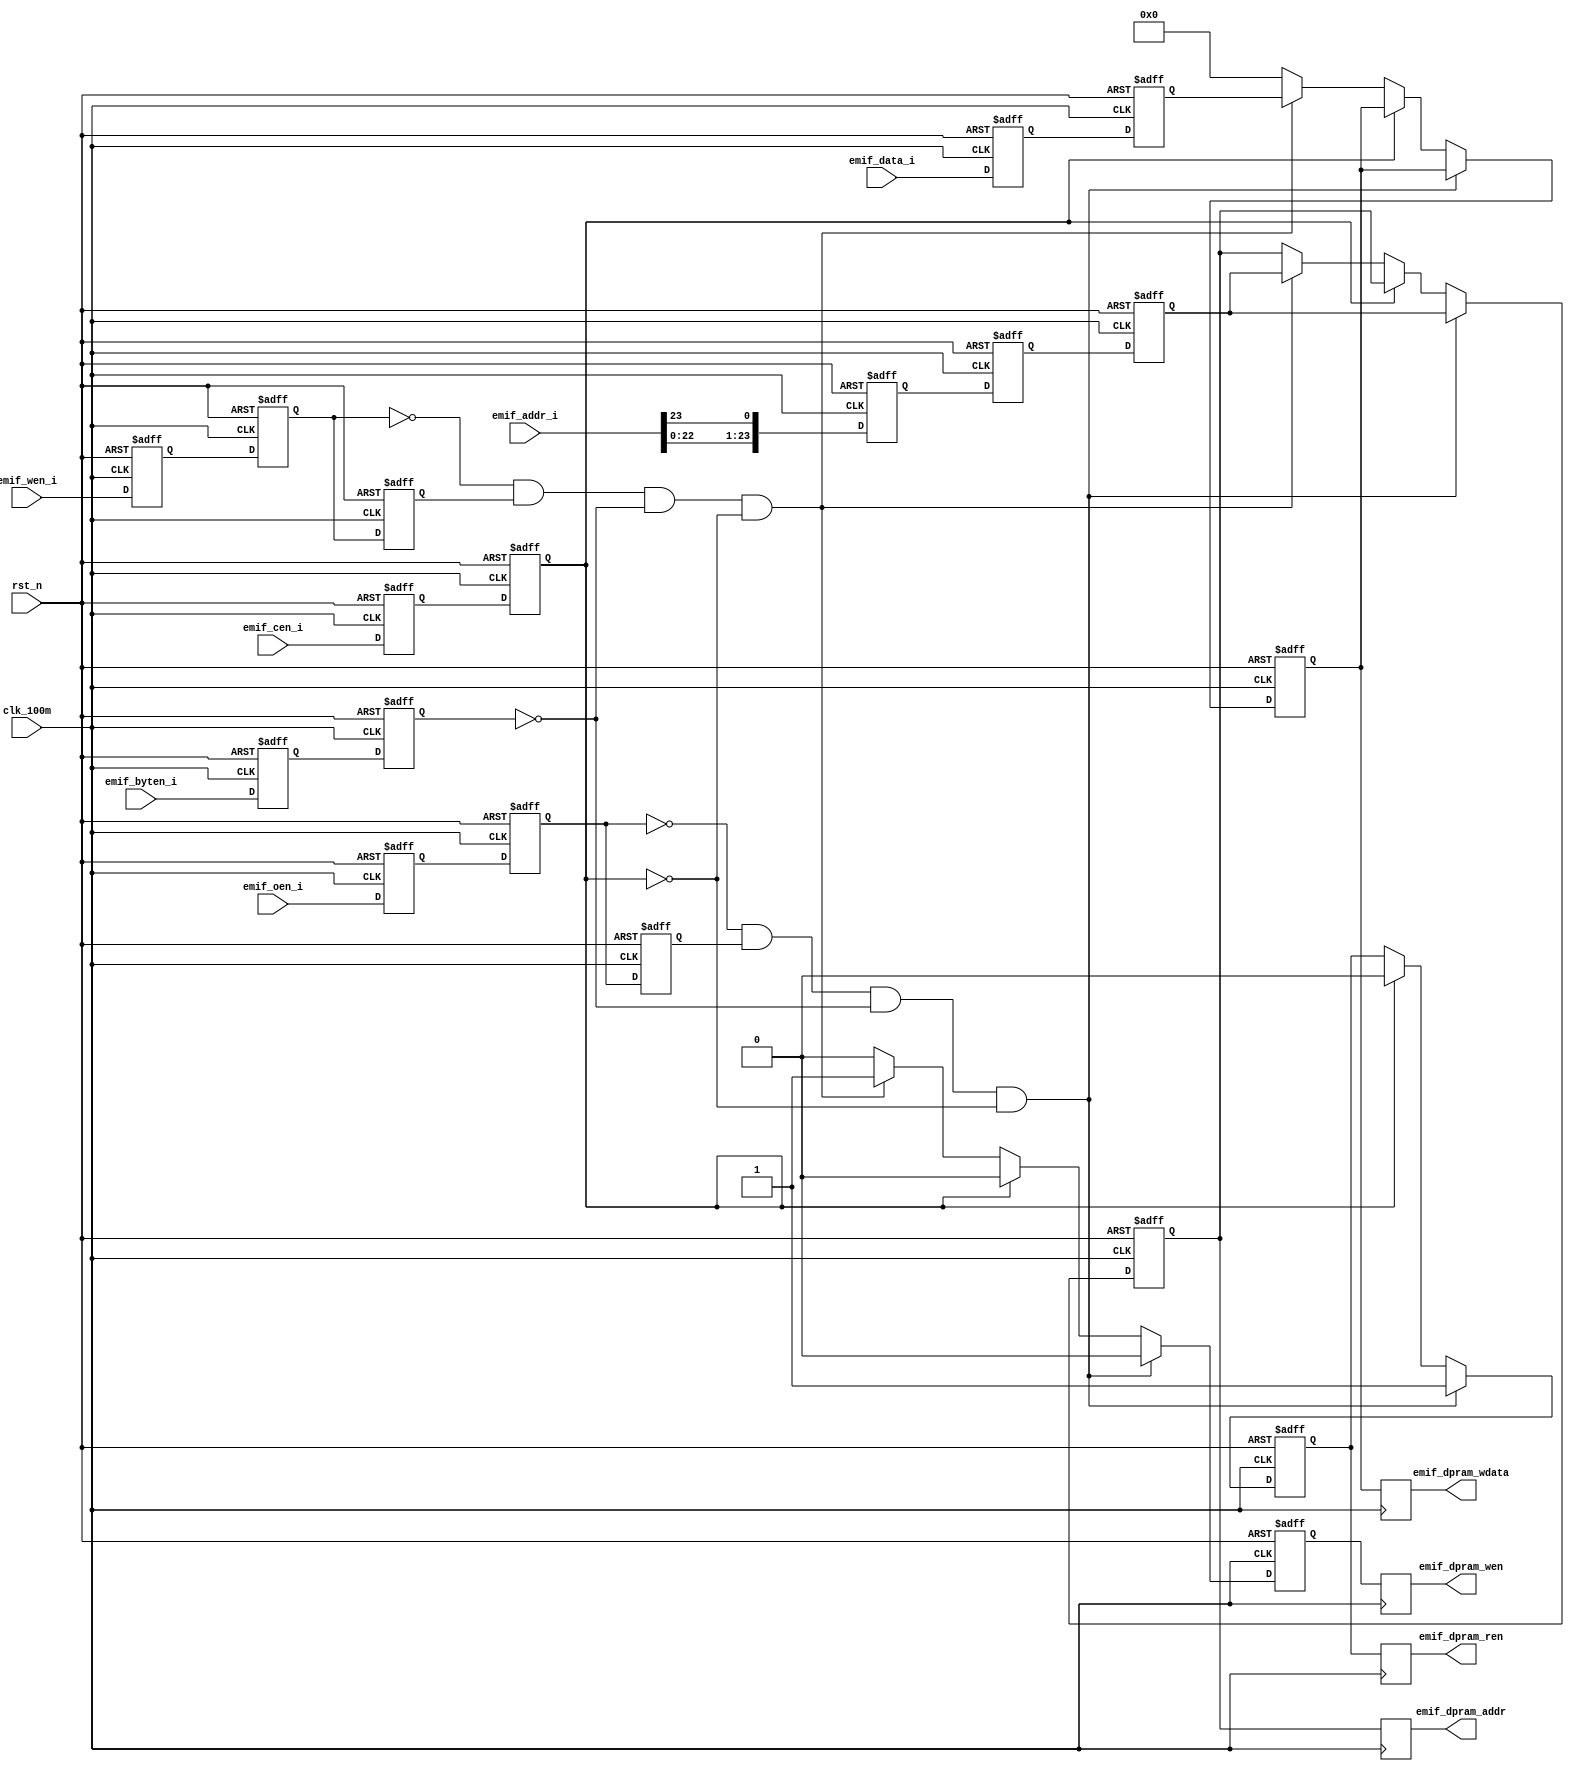
module  emif_intf_z(
                    input                     clk_100m          , 
                    input                     rst_n            ,  

                    input         [15:00]     emif_data_i      ,
                    input         [23:00]     emif_addr_i      ,
                    input         [01:00]     emif_byten_i     ,
                    input                     emif_cen_i       ,
                    input                     emif_wen_i       ,
                    input                     emif_oen_i       ,

                    output  reg               emif_dpram_wen   ,
                    output  reg   [23:00]     emif_dpram_addr  ,
					output  reg   [15:00]     emif_dpram_wdata ,			
                    output reg                emif_dpram_ren 				
    );   
	                                                       												   
    reg [15:0]  emif_data_d0; reg [23:0]  emif_addr_d0; reg [ 1:0]  emif_byten_d0; reg emif_cen_d0;    reg emif_wen_d0 ; reg emif_oen_d0 ;
	reg [15:0]  emif_data_d1; reg [23:0]  emif_addr_d1; reg [23:0]  emif_addr_d2; 
	 (* dont_touch = "yes" *) reg [ 1:0]  emif_byten_d1;
	 (* dont_touch = "yes" *) reg         emif_cen_d1; 
	 (* dont_touch = "yes" *) reg         emif_wen_d1;  
	 (* dont_touch = "yes" *) reg         emif_oen_d1;   
	 (* dont_touch = "yes" *) reg         emif_wen_d2;  
     (* dont_touch = "yes" *) reg         emif_oen_d2;
	 (* dont_touch = "yes" *) reg [ 1:0]  emif_byten_d2;
										    
	always @(posedge clk_100m or negedge rst_n)
	begin
		if(rst_n==1'b0)
		begin
			emif_data_d0  <= 0;     emif_data_d1  <= 0;       
			emif_addr_d0  <= 0;     emif_addr_d1  <= 0;       emif_addr_d2  <= 0;
			emif_byten_d0 <= 2'b11; emif_byten_d1  <= 2'b11;  emif_byten_d2 <= 2'b11; 
			emif_cen_d0   <= 1;     emif_cen_d1    <= 1;     
			emif_wen_d0   <= 1;     emif_wen_d1    <= 1;      emif_wen_d2   <= 1;    
			emif_oen_d0   <= 1;     emif_oen_d1    <= 1;      emif_oen_d2   <= 1;    
		end
		else
		begin
			emif_data_d0 <= emif_data_i ; emif_addr_d0<={emif_addr_i[22:0],emif_addr_i[23]}; emif_byten_d0<=emif_byten_i;  emif_cen_d0<=emif_cen_i;  emif_wen_d0<=emif_wen_i;  emif_oen_d0 <=emif_oen_i ;
			emif_data_d1 <=emif_data_d0 ; emif_addr_d1  <=  emif_addr_d0  ;                  emif_byten_d1<=emif_byten_d0; emif_cen_d1<=emif_cen_d0; emif_wen_d1<=emif_wen_d0; emif_oen_d1 <=emif_oen_d0;
			emif_wen_d2  <=emif_wen_d1  ;
			emif_oen_d2  <=emif_oen_d1  ;
			emif_byten_d2<=emif_byten_d1; 
			emif_addr_d2 <= emif_addr_d1;			
 		end
	end

	reg emif_dpram_wen0,emif_dpram_ren0 ; reg   [23:00] emif_dpram_addr0 ; reg   [15:00] emif_dpram_wdata0;	
	
	
	always @(posedge clk_100m or negedge rst_n)
	begin
		if(rst_n==0)
		begin
			emif_dpram_ren0 <= 0;	
			emif_dpram_wen0 <= 0;
		    emif_dpram_addr0  <= 0 ;
		    emif_dpram_wdata0 <=	0;
		end
		else if( (emif_oen_d1==0) && (emif_oen_d2==1) && (emif_byten_d1==2'b00) && (emif_cen_d1==0) )
		begin
			emif_dpram_ren0 <= 1;
			emif_dpram_addr0   <= emif_addr_d2;
			emif_dpram_wen0 <= 0;
			emif_dpram_wdata0 <=	emif_dpram_wdata0;
		end
		else if(emif_cen_d1==1)
		begin
			emif_dpram_ren0 <= 0;
			emif_dpram_addr0   <= emif_dpram_addr0;
			emif_dpram_wen0 <= 0;
			emif_dpram_wdata0 <=	emif_dpram_wdata0;
		end
		else if( (emif_wen_d1==0) && (emif_wen_d2==1) && (emif_byten_d1==2'b00) && (emif_cen_d1==0) )
		begin
			emif_dpram_ren0 <= emif_dpram_ren0;	
			emif_dpram_wen0 <= 1;
			emif_dpram_addr0 <= emif_addr_d2;
			emif_dpram_wdata0 <= emif_data_d1;
		end	
		else
		begin		
			emif_dpram_ren0 <= emif_dpram_ren0;	
			emif_dpram_wen0 <= 0;
			emif_dpram_addr0  <= emif_dpram_addr0 ;
			emif_dpram_wdata0 <=	0;
		end	
	end		
	
	always @(posedge clk_100m)
	begin
		emif_dpram_ren   <= emif_dpram_ren0   ;
		emif_dpram_addr  <= emif_dpram_addr0  ;
		emif_dpram_wen   <= emif_dpram_wen0   ;
		emif_dpram_wdata <= emif_dpram_wdata0 ;
	end		

	`ifdef DEBUG
		ila_8_16384_1120  emif_ila_8_16384_1120 (
			.clk    ( clk_100m         ), 
			.probe0 (emif_byten_i             ),
			.probe1 (  0          ),
			.probe2 ( {emif_cen_i,emif_wen_i,emif_oen_i}   ),
			.probe3 ( {emif_dpram_wen,emif_dpram_ren}    ),
			.probe4 ( {emif_oen_d1,emif_oen_d2,emif_byten_d2}          ),
			.probe5 ( emif_dpram_addr[7:0]         ),
			.probe6 ( emif_data_i ),
			.probe7 (emif_addr_i   )
		);
	`endif	

endmodule